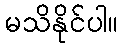
မသိနိုင်ပါ။